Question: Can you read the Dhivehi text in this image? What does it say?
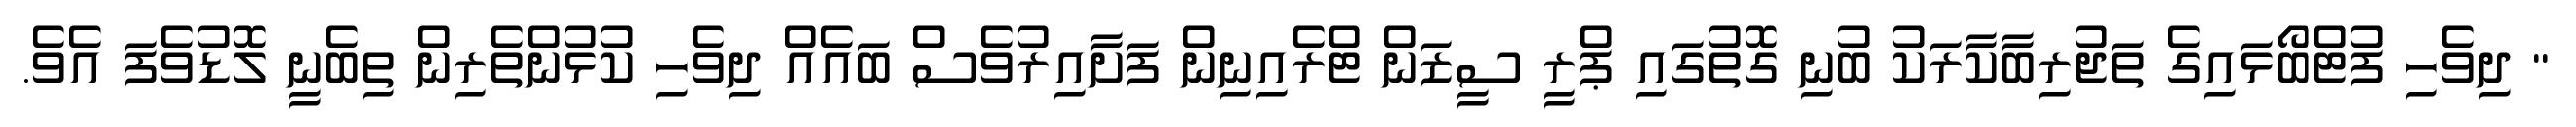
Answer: " ދިވެހި ފުޓްބޯޅައިގެ ތަޖުރިބާކާރަކު ބުނި ގޮތުގައި ޕްރީ ސީޒަން ޓްރެއިނިން ފަށާއިރުވެސް ބައެއް ދިވެހި ކުޅުންތެރިން ތިބެނީ ލޮޑުވެފަ އެވެ.